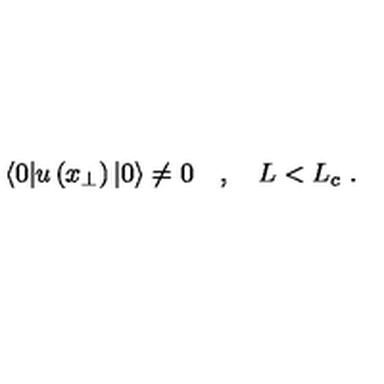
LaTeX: \langle 0 | u \left( x _ { \perp } \right) | 0 \rangle \neq 0 \quad , \quad L < L _ { c } \ .